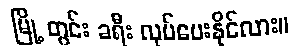
မြို့ တွင်း ခရီး လုပ်ပေးနိုင်လား။